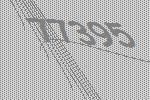
77395